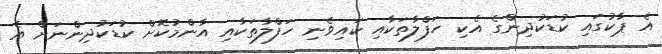
އެ ޕާކުގައި ކުޑަކުދިންގެ އެކި ހަފްލާތަކާއި ކައިވެނި ހަފްލާތަކާއި އާންމުކޮށް ކުޑަކުދިންނަށް އެ